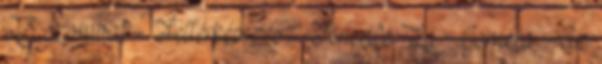
23 szombat - Feltérképezés - Tenerife La Gomera Az